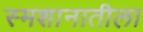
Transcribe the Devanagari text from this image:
स्मशानातीला